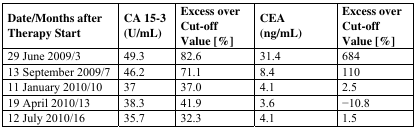
<table><thead><tr><td><b>Date/Months after Therapy Start</b></td><td><b>CA 15-3 (U/mL)</b></td><td><b>Excess over Cut-off Value [%]</b></td><td><b>CEA (ng/mL)</b></td><td><b>Excess over Cut-off Value [%]</b></td></tr></thead><tbody><tr><td>29 June 2009/3</td><td>49.3</td><td>82.6</td><td>31.4</td><td>684</td></tr><tr><td>13 September 2009/7</td><td>46.2</td><td>71.1</td><td>8.4</td><td>110</td></tr><tr><td>11 January 2010/10</td><td>37</td><td>37.0</td><td>4.1</td><td>2.5</td></tr><tr><td>19 April 2010/13</td><td>38.3</td><td>41.9</td><td>3.6</td><td>-10.8</td></tr><tr><td>12 July 2010/16</td><td>35.7</td><td>32.3</td><td>4.1</td><td>1.5</td></tr></tbody></table>